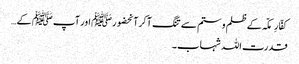
کفّارِمکّہ کے ظلم و ستم سے تنگ آکرآنحضورﷺ اور آپ ﷺ کے…
قدرت اللہ شہاب ۔